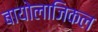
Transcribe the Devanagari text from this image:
बायोलाजिकल